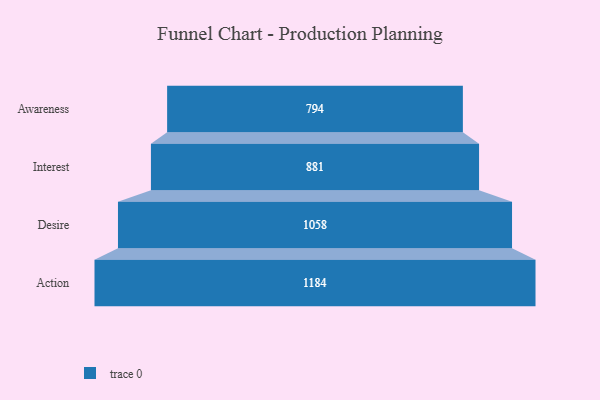
{"axis": {"x": "Stage", "y": "Value"}, "legend": [""], "data": [{"x": "Awareness", "y": 794.0, "type": ""}, {"x": "Interest", "y": 881.0, "type": ""}, {"x": "Desire", "y": 1058.0, "type": ""}, {"x": "Action", "y": 1184.0, "type": ""}]}